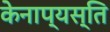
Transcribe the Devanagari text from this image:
केनाप्यस्ति